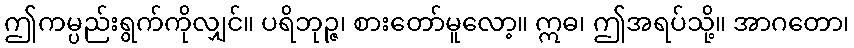
ဤကမ္ပည်းရွက်ကိုလျှင်။ ပရိဘုဉ္ဇ၊ စားတော်မူလော့။ ဣဓ၊ ဤအရပ်သို့။ အာဂတော၊